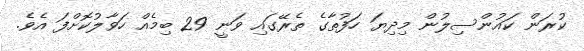
ކުރަން ކައުންސިލުން މިދިޔަ ހަފުތާގެ ތެރޭގައި ވަނީ 29 ބިމެއް ހަވާލުކޮށްފަ އެވެ.